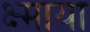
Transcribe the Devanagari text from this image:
क्ष्माया